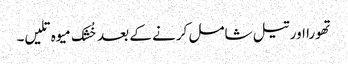
تھورا اور تیل شامل کرنے کے بعد خُشک میوہ تلیں۔